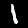
Digit: 1